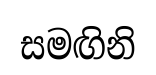
සමඟිනි